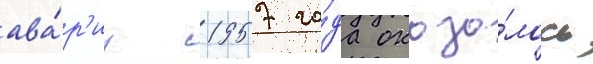
ава́р'иу 1957 го́да оказа́лось